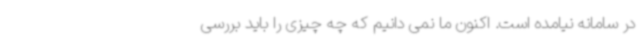
در سامانه نیامده است. اکنون ما نمی دانیم که چه چیزی را باید بررسی